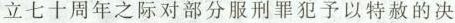
立七十周年之际对部分服刑罪犯予以特赦的决